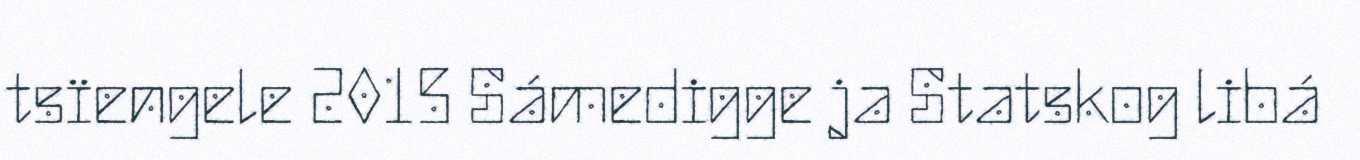
tsïengele 2015 Sámedigge ja Statskog libá